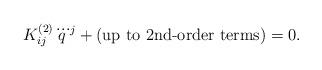
LaTeX: \begin{align*}K^{(2)}_{ij}\dddot{q}^{j}+{\textrm{(up to 2nd-order terms)}}=0.\end{align*}